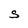
Character: S